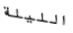
الليلة